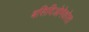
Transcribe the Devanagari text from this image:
बसिदिओमेकोता